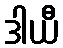
ဒါယီ